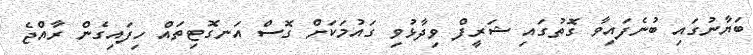
ބަޔާނުގައި ބުނެފައިވާ ގޮތުގައި ޝަރީފް ވިދާޅުވި ގައުމަކަށް ގޮސް އަނގޮޓިތައް ހިފައިގެން ރާއްޖެ